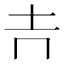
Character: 𡉅